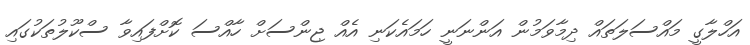
އަހްލާގީ މައްސަލަތައް ދިމާވަމުން އަންނަނީ ހަމައެކަނި އެއް ޖިންސަށް ހާއްސަ ކޮށްފައިވާ ސްކޫލުތަކުގައި